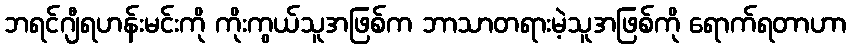
ဘရင်ဂျီရဟန်းမင်းကို ကိုးကွယ်သူအဖြစ်က ဘာသာတရားမဲ့သူအဖြစ်ကို ရောက်ရတာဟာ